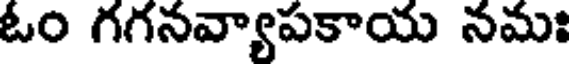
ఓం గగనవ్యాపకాయ నమః